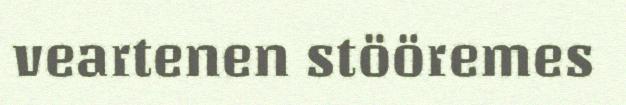
veartenen stööremes